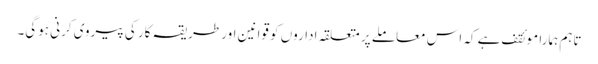
تاہم ہمارا موئقف ہے کہ اس معاملے پر متعلقہ اداروں کو قوانین اور طریقہ کار کی پیروی کرنی ہوگی۔